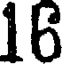
16